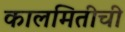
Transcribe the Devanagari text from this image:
कालमितीची